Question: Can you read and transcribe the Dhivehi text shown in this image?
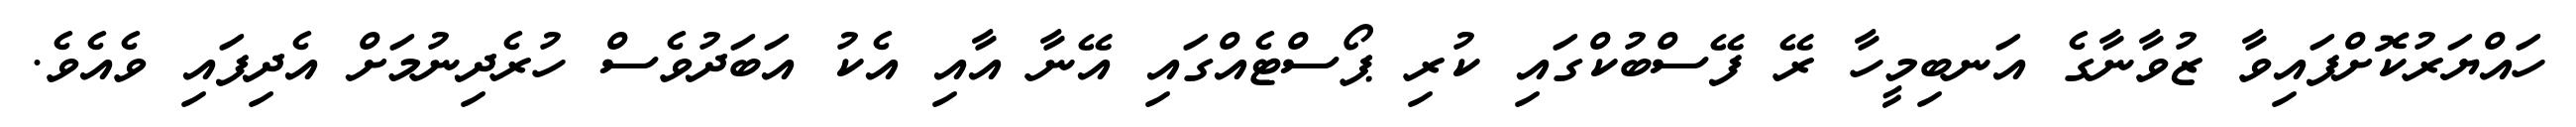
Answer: ހައްޔަރުކޮށްފައިވާ ޒުވާނާގެ އަނބިމީހާ ރޭ ފޭސްބުކްގައި ކުރި ޕޯސްޓެއްގައި އޭނާ އާއި އެކު އަބަދުވެސް ހުރެދިނުމަށް އެދިފައި ވެއެވެ.